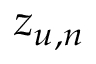
z _ { u , n }